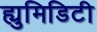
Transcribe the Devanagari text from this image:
ह्युमिडिटी